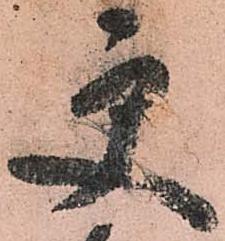
更